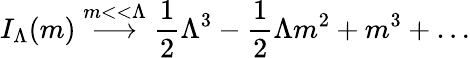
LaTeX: I_{\Lambda}(m)\stackrel{m<<\Lambda}{\longrightarrow}{\frac{1}{2}}\Lambda^{3}-{\frac{1}{2}}\Lambda m^{2}+m^{3}+\ldots